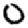
Digit: 0